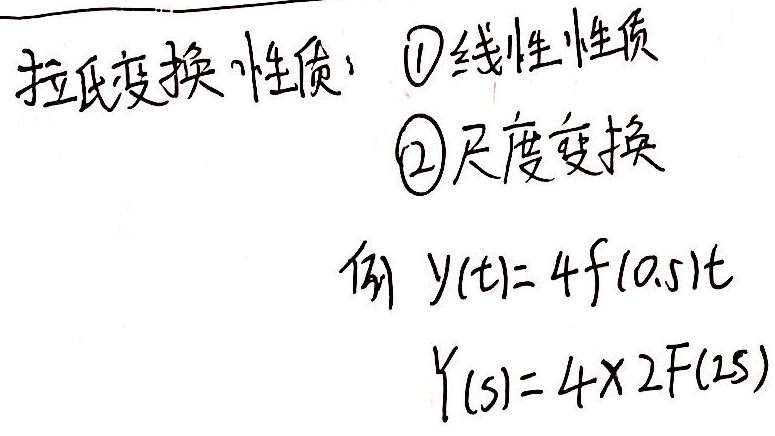
拉氏变换性质：
\textcircled{1} 线性性质
\textcircled{2} 尺度变换例 \(y(t)=4f(0.5t)\)，\(Y(s)=4\times2F(2s)\)